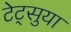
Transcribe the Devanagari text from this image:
टेट्सुया